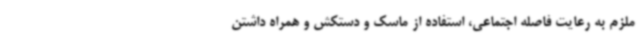
ملزم به رعایت فاصله اجتماعی، استفاده از ماسک و دستکش و همراه داشتن